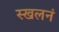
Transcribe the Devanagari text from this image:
स्खलनं